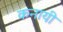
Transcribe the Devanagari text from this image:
कनायी